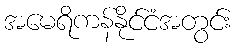
အမေရိကန်နိုင်ငံအတွင်း